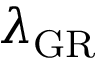
\lambda _ { \mathrm { G R } }